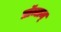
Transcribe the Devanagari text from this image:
प्रॉब्लम्